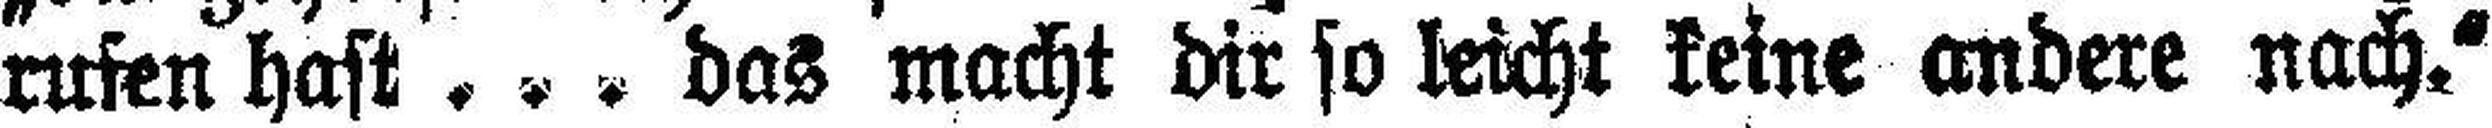
rufen hast .... das macht dir so leicht keine andere nach.“